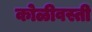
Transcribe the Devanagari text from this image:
कोळीवस्ती